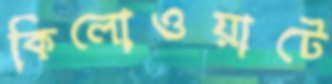
কিলোওয়াটে